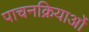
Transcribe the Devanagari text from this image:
पाचनक्रियाओं